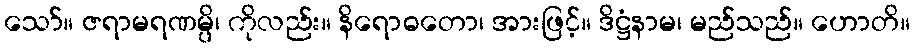
သော်။ ဇရာမရဏမ္ပိ၊ ကိုလည်း။ နိရောဓတော၊ အားဖြင့်။ ဒိဋ္ဌံနာမ၊ မည်သည်။ ဟောတိ။